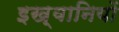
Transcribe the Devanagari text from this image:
इख़्वानियों